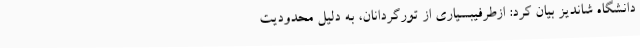
دانشگاه شاندیز بیان کرد: ازطرفیبسیاری از تورگردانان، به دلیل محدودیت